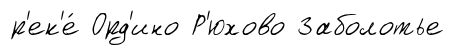
р'ек'е́ Орд'ино Р'юхово Заболотье